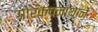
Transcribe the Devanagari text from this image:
गोरक्षनाथानें